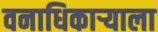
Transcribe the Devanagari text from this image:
वनाधिकाऱ्याला